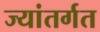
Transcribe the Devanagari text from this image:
ज्यांतर्गत